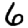
Digit: 6